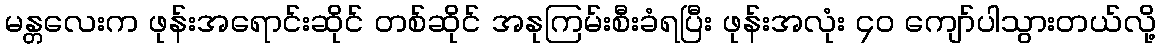
မန္တလေးက ဖုန်းအရောင်းဆိုင် တစ်ဆိုင် အနုကြမ်းစီးခံရပြီး ဖုန်းအလုံး ၄၀ ကျော်ပါသွားတယ်လို့